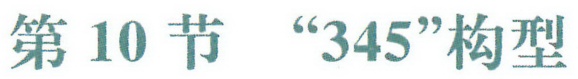
第10节 “345”构型